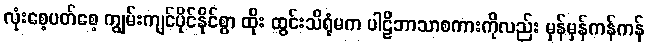
လုံးစေ့ပတ်စေ့ ကျွမ်းကျင်ပိုင်နိုင်စွာ ထိုး ထွင်းသိရုံမက ပါဠိဘာသာစကားကိုလည်း မှန်မှန်ကန်ကန်